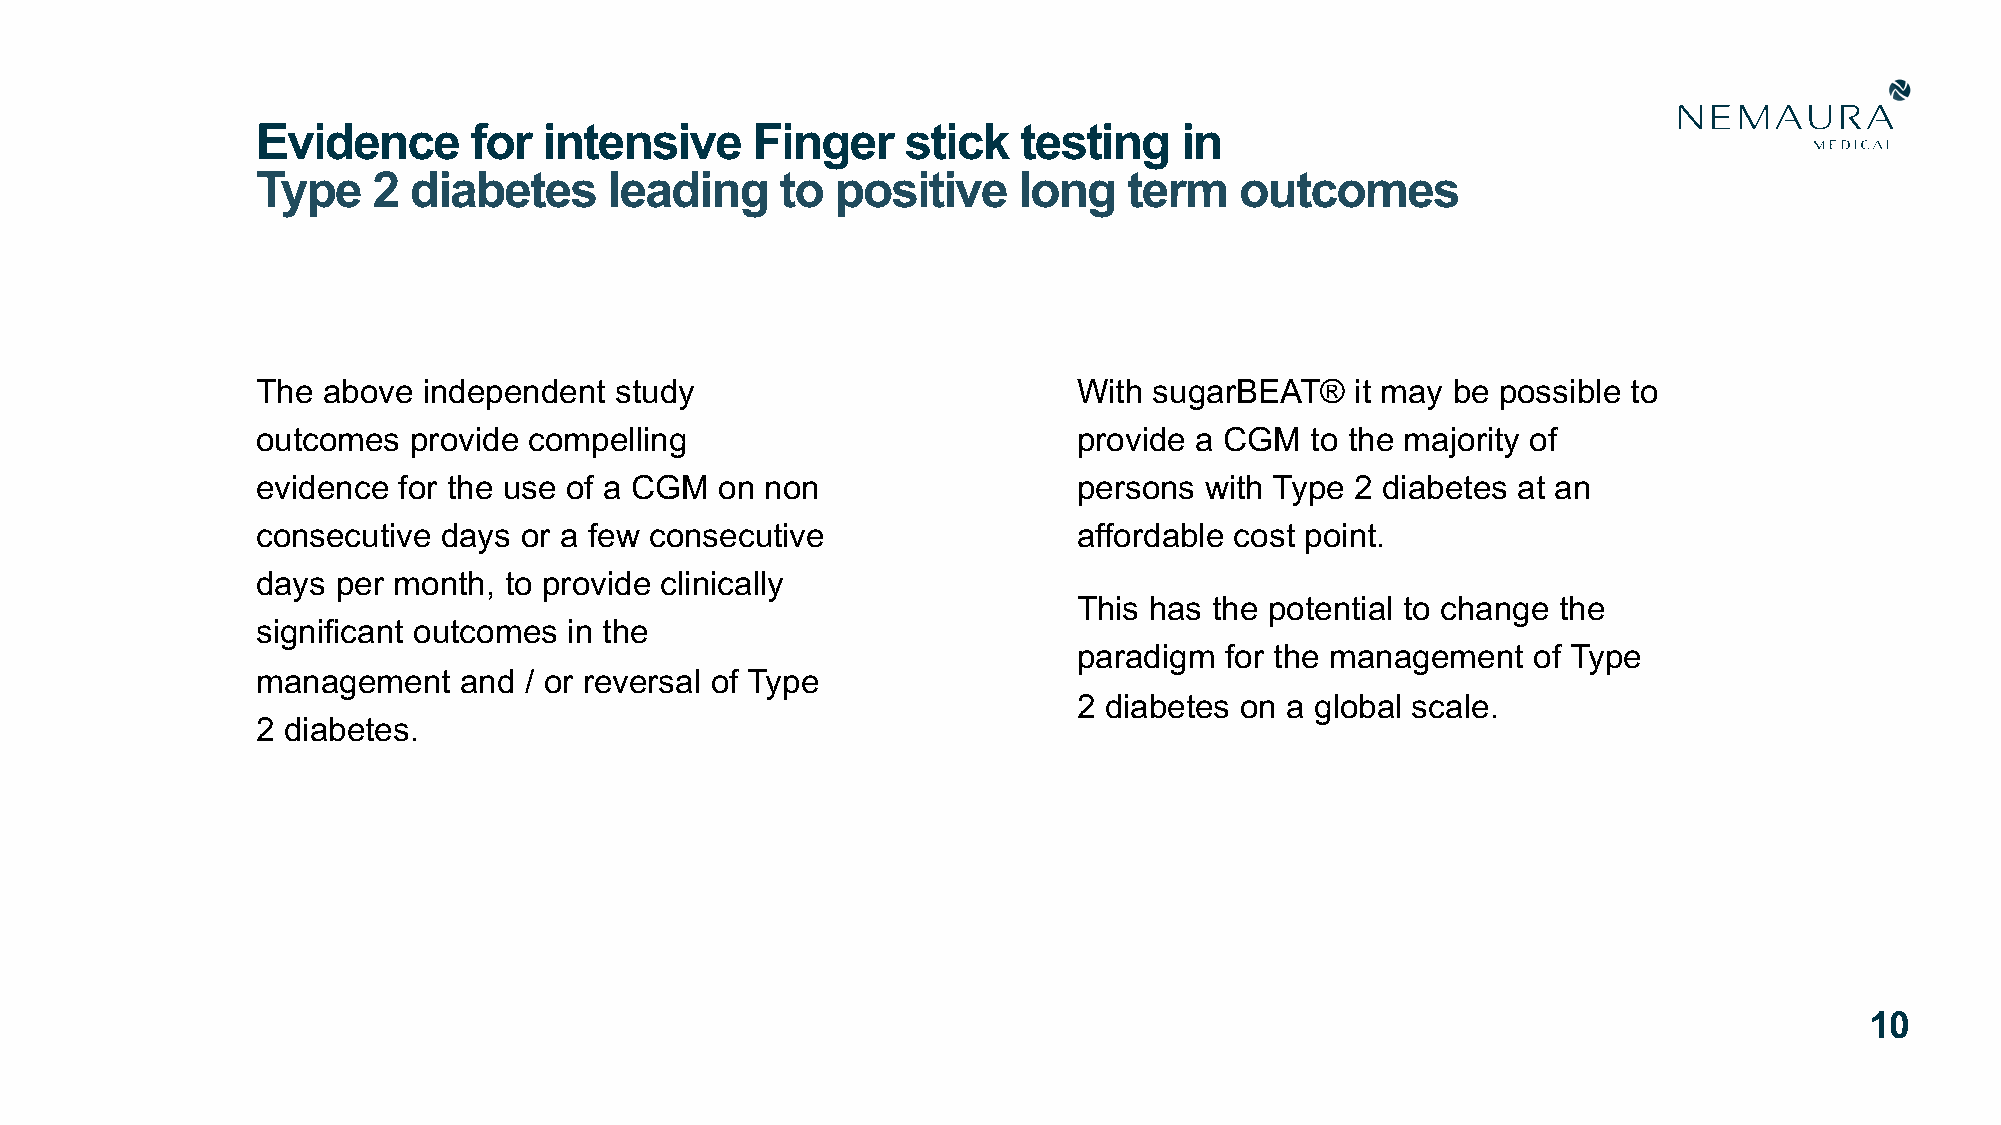
Evidence      for  intensive     Finger    stick  testing    in
 Type    2 diabetes     leading     to positive    long    term   outcomes
 The above  independent  study                         With sugarBEAT®    it may be possible to
 outcomes  provide compelling                          provide a CGM   to the majority of
 evidence for the use of a CGM  on non                 persons  with Type 2 diabetes at an
 consecutive days or a few consecutive                 affordable cost point.
 days per month, to provide clinically
 This has the potential to change the
 significant outcomes in the
 paradigm  for the management  of Type
 management   and  / or reversal of Type
 2 diabetes on a global scale.
 2 diabetes.
 10